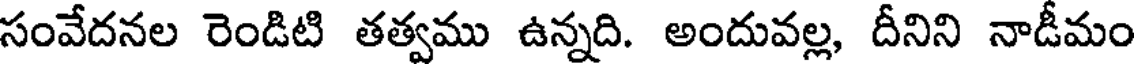
సంవేదనల రెండిటి తత్వము ఉన్నది. అందువల్ల, దీనిని నాడీమం